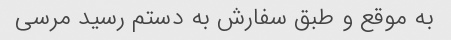
به موقع و طبق سفارش به دستم رسید مرسی